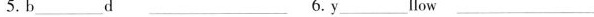
5.b___d___6.y___llow___